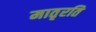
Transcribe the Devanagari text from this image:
मातृरति